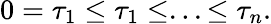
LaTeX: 0=\tau_{1}\leq\tau_{1}\leq...\leq\tau_{n}.